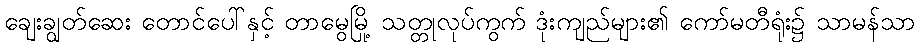
ချေးချွတ်ဆေး တောင်ပေါ်နှင့် တာမွေမြို့ သတ္တုလုပ်ကွက် ဒုံးကျည်များ၏ ကော်မတီရုံး၌ သာမန်သာ